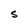
Character: S